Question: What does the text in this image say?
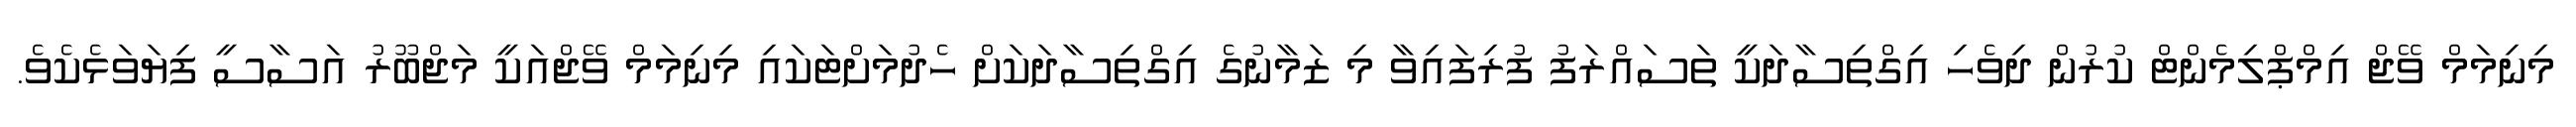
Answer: މިނިމަމް ވޭޖް އިމްޕްލިމެންޓް ކުރުން ދިވެހި އިގްތިސާދަކީ ތަސައްރަފު ފުރިފައިވާ މި ޒަމާނުގެ އިގްތިސާދަކަށް ހެދުމަށްޓަކައި މިނިމަމް ވޭޖްއަކީ މަޖްބޫރު އަސާސީ ފިޔަވަޅެކެވެ.